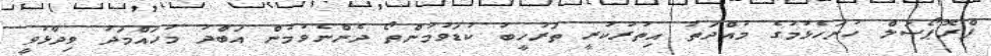
ޕްރޮޕޯސަލް ހުށަހެޅުމުގެ މުއްދަތު އިތުރުކުރީ ތަރުހީބު ކުޑަވުމުންތޯ ދެންނެވުމުން އަބްދު މުހައްމަދު ވިދާޅުވީ